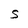
Character: 5